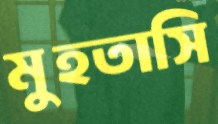
মুহতাসি